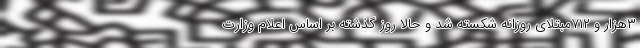
۳هزار و ۷۱۲مبتلای روزانه شکسته شد و حالا روز گذشته بر اساس اعلام وزارت